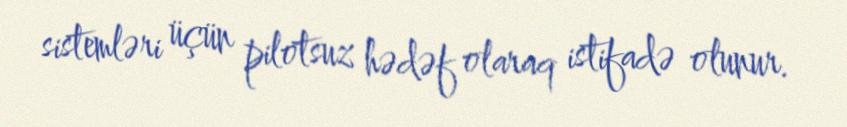
sistemləri üçün pilotsuz hədəf olaraq istifadə olunur.